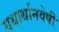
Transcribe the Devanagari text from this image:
यथार्थानवेषी